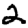
Digit: 2